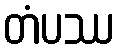
တံပဿ